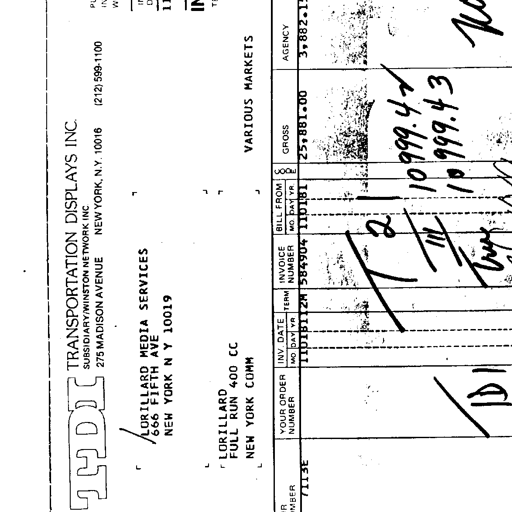
TDI TRANSPORTATION DISPLAYS INC.
SUBSIDIARY/WINSTON NETWORK INC
275 MADISON AVENUE NEW YORK, N.Y. 10016 (212) 599-1100
LORILLARD MEDIA SERVICES
666 FIFTH AVE
NEW YORK N Y 10019
LORILLARD
FULL RUN 400 CC
NEW YORK COMM
VARIOUS MARKETS
YOUR ORDER NUMBER INV. DATE TERM INVOICE NUMBER BILL FROM MO DAY YR MO DAY YR CODE GROSS AGENCY
7113E 110181 12M 584904 110181 25,881.00 3,882.15
T 21 10999.42
111 10999.43
Try
IDI